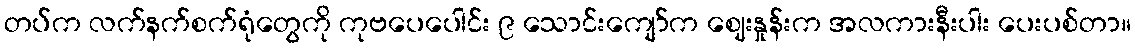
တပ်က လက်နက်စက်ရုံတွေကို ကုဗပေပေါင်း ၉ သောင်းကျော်က ဈေးနှုန်းက အလကားနီးပါး ပေးပစ်တာ။